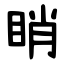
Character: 睄